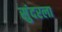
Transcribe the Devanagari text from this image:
सुंदरला